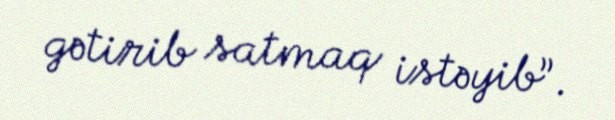
gətirib satmaq istəyib”.